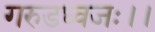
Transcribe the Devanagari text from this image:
गरुडध्वजः।।